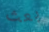
بعث